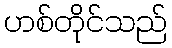
ဟစ်တိုင်သည်